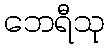
ဘေရီသု